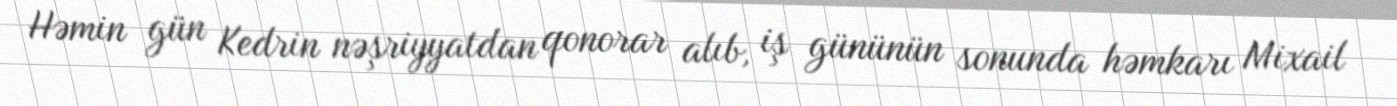
Həmin gün Kedrin nəşriyyatdan qonorar alıb, iş gününün sonunda həmkarı Mixail